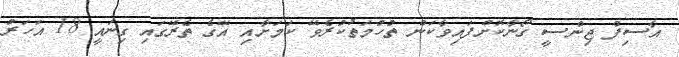
އާސިފް ޖިންސީ ގޯނާކޮށްފައިވާކަން ތުހުމަތުކުރެވޭ ކަމަށާއި އޭގެ ތެރޭގައި ގިނައީ 18 އަހަރު